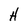
Character: H